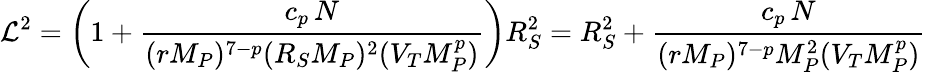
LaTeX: \mathcal{L}^{2}=\left(1+{\frac{{c_{p}\, N}}{{(rM_{P})^{7-p}(R_{S}M_{P})^{2}(V_{T}M_{P}^{p})}}}\right)R_{S}^{2}=R_{S}^{2}+{\frac{{c_{p}\, N}}{{(rM_{P})^{7-p}M_{P}^{2}(V_{T}M_{P}^{p})}}}